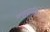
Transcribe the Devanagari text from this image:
चकधो्रधा